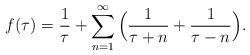
LaTeX: \begin{align*}f(\tau) = \frac{1}{\tau} + \sum_{n=1}^\infty \Big(\frac{1}{\tau + n} + \frac{1}{\tau - n}\Big).\end{align*}